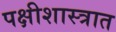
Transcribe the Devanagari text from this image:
पक्षीशास्त्रात